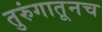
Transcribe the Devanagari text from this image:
तुरुंगातूनच